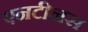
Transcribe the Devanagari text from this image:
एनटीनस